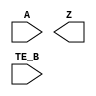
module sky130_fd_sc_ms__ebufn (
    //# {{data|Data Signals}}
    input  A   ,
    output Z   ,

    //# {{control|Control Signals}}
    input  TE_B
);

    // Voltage supply signals
    supply1 VPWR;
    supply0 VGND;
    supply1 VPB ;
    supply0 VNB ;

endmodule